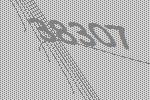
38307